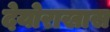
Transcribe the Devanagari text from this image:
देयोराखास